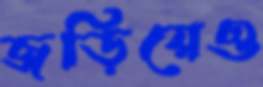
জড়িয়েও